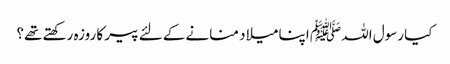
کیا رسول اللہ ﷺ اپنا میلاد منانے کے لئے پیر کا روزہ رکھتے تھے؟